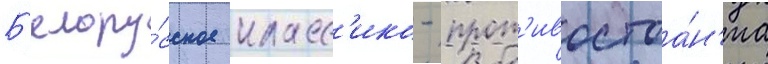
Б'елору́сское класс'ико - прот'ивостоа́н'иа